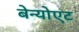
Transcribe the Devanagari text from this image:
बेन्योएट